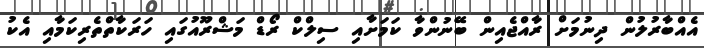
އެއްބާރުލުން ދިނުމަށް ރާއްޖެއިން ބޭނުންވާ ކަމަށާއި ސިލްކް ރޯޑް މަޝްރޫއުގައި ހަރަކާތްތެރިކަމާއި އެކު